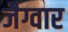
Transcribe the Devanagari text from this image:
जैग्वार